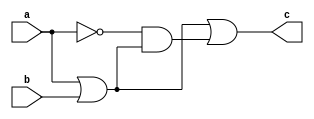
module some_logic (
    input a,
    input b,
    output c
);
    wire a_not; // declare internal nets
    wire a_or_b;

    assign c = a_or_b | (a_not & a_or_b);
    assign a_not = ~a;
    assign a_or_b = a | b;
    
endmodule